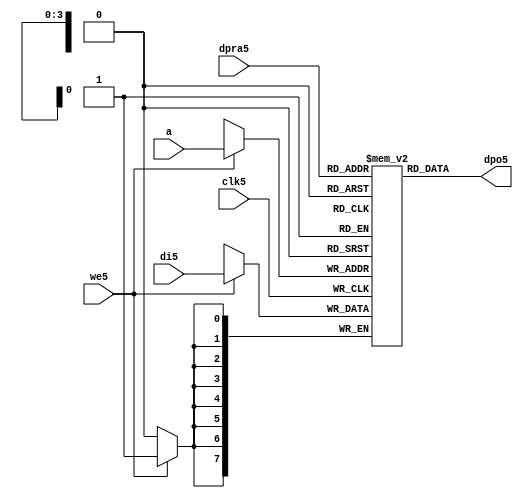
//////////////////////////////////////////////////////////////////////
////                                                              ////
////  raminfr5.v                                                   ////
////                                                              ////
////                                                              ////
////  This5 file is part of the "UART5 16550 compatible5" project5    ////
////  http5://www5.opencores5.org5/cores5/uart165505/                   ////
////                                                              ////
////  Documentation5 related5 to this project5:                      ////
////  - http5://www5.opencores5.org5/cores5/uart165505/                 ////
////                                                              ////
////  Projects5 compatibility5:                                     ////
////  - WISHBONE5                                                  ////
////  RS2325 Protocol5                                              ////
////  16550D uart5 (mostly5 supported)                              ////
////                                                              ////
////  Overview5 (main5 Features5):                                   ////
////  Inferrable5 Distributed5 RAM5 for FIFOs5                        ////
////                                                              ////
////  Known5 problems5 (limits5):                                    ////
////  None5                .                                       ////
////                                                              ////
////  To5 Do5:                                                      ////
////  Nothing so far5.                                             ////
////                                                              ////
////  Author5(s):                                                  ////
////      - gorban5@opencores5.org5                                  ////
////      - Jacob5 Gorban5                                          ////
////                                                              ////
////  Created5:        2002/07/22                                  ////
////  Last5 Updated5:   2002/07/22                                  ////
////                  (See log5 for the revision5 history5)          ////
////                                                              ////
////                                                              ////
//////////////////////////////////////////////////////////////////////
////                                                              ////
//// Copyright5 (C) 2000, 2001 Authors5                             ////
////                                                              ////
//// This5 source5 file may be used and distributed5 without         ////
//// restriction5 provided that this copyright5 statement5 is not    ////
//// removed from the file and that any derivative5 work5 contains5  ////
//// the original copyright5 notice5 and the associated disclaimer5. ////
////                                                              ////
//// This5 source5 file is free software5; you can redistribute5 it   ////
//// and/or modify it under the terms5 of the GNU5 Lesser5 General5   ////
//// Public5 License5 as published5 by the Free5 Software5 Foundation5; ////
//// either5 version5 2.1 of the License5, or (at your5 option) any   ////
//// later5 version5.                                               ////
////                                                              ////
//// This5 source5 is distributed5 in the hope5 that it will be       ////
//// useful5, but WITHOUT5 ANY5 WARRANTY5; without even5 the implied5   ////
//// warranty5 of MERCHANTABILITY5 or FITNESS5 FOR5 A PARTICULAR5      ////
//// PURPOSE5.  See the GNU5 Lesser5 General5 Public5 License5 for more ////
//// details5.                                                     ////
////                                                              ////
//// You should have received5 a copy of the GNU5 Lesser5 General5    ////
//// Public5 License5 along5 with this source5; if not, download5 it   ////
//// from http5://www5.opencores5.org5/lgpl5.shtml5                     ////
////                                                              ////
//////////////////////////////////////////////////////////////////////
//
// CVS5 Revision5 History5
//
// $Log: not supported by cvs2svn5 $
// Revision5 1.1  2002/07/22 23:02:23  gorban5
// Bug5 Fixes5:
//  * Possible5 loss of sync and bad5 reception5 of stop bit on slow5 baud5 rates5 fixed5.
//   Problem5 reported5 by Kenny5.Tung5.
//  * Bad (or lack5 of ) loopback5 handling5 fixed5. Reported5 by Cherry5 Withers5.
//
// Improvements5:
//  * Made5 FIFO's as general5 inferrable5 memory where possible5.
//  So5 on FPGA5 they should be inferred5 as RAM5 (Distributed5 RAM5 on Xilinx5).
//  This5 saves5 about5 1/3 of the Slice5 count and reduces5 P&R and synthesis5 times.
//
//  * Added5 optional5 baudrate5 output (baud_o5).
//  This5 is identical5 to BAUDOUT5* signal5 on 16550 chip5.
//  It outputs5 16xbit_clock_rate - the divided5 clock5.
//  It's disabled by default. Define5 UART_HAS_BAUDRATE_OUTPUT5 to use.
//

//Following5 is the Verilog5 code5 for a dual5-port RAM5 with asynchronous5 read. 
module raminfr5   
        (clk5, we5, a, dpra5, di5, dpo5); 

parameter addr_width5 = 4;
parameter data_width5 = 8;
parameter depth = 16;

input clk5;   
input we5;   
input  [addr_width5-1:0] a;   
input  [addr_width5-1:0] dpra5;   
input  [data_width5-1:0] di5;   
//output [data_width5-1:0] spo5;   
output [data_width5-1:0] dpo5;   
reg    [data_width5-1:0] ram5 [depth-1:0]; 

wire [data_width5-1:0] dpo5;
wire  [data_width5-1:0] di5;   
wire  [addr_width5-1:0] a;   
wire  [addr_width5-1:0] dpra5;   
 
  always @(posedge clk5) begin   
    if (we5)   
      ram5[a] <= di5;   
  end   
//  assign spo5 = ram5[a];   
  assign dpo5 = ram5[dpra5];   
endmodule